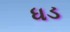
ધડ